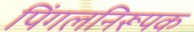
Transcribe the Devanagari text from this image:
पिंगलनिरूपक